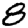
Digit: 8